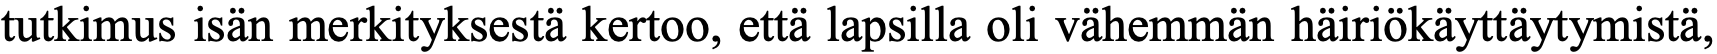
tutkimus isän merkityksestä kertoo, että lapsilla oli vähemmän häiriökäyttäytymistä,